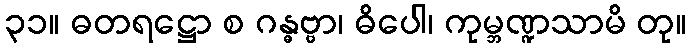
၃၁။ ဓတရဋ္ဌော စ ဂန္ဓဗ္ဗာ၊ ဓိပေါ၊ ကုမ္ဘဏ္ဍသာမိ တု။